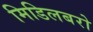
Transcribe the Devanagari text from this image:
मिडिलबरो